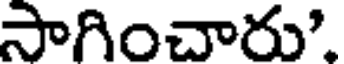
సాగించారు'.